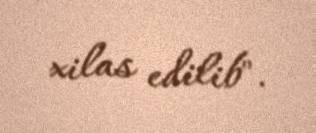
xilas edilib".